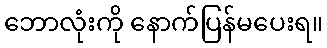
ဘောလုံးကို နောက်ပြန်မပေးရ။